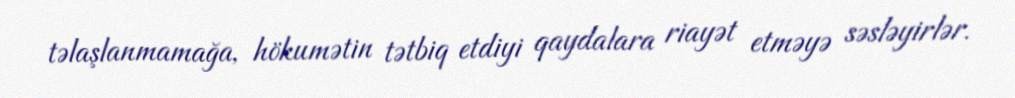
təlaşlanmamağa, hökumətin tətbiq etdiyi qaydalara riayət etməyə səsləyirlər.